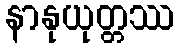
နာနုယုတ္တဿ